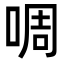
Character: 啁